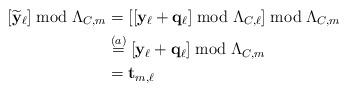
LaTeX: \begin{align*}\left[ \widetilde{\mathbf{y}}_\ell \right] \bmod \Lambda_{C,m} &=\left[ \left[ {\mathbf{y}}_\ell +\mathbf{q}_\ell \right] \bmod \Lambda_{C,\ell} \right] \bmod \Lambda_{C,m} \\ &\stackrel{(a)}{=} \left[ {\mathbf{y}}_\ell +\mathbf{q}_\ell \right] \bmod \Lambda_{C,m} \\ &= \mathbf{t}_{m,\ell}\end{align*}